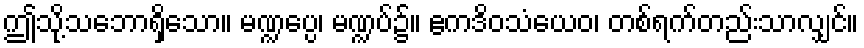
ဤသို့သဘောရှိသော။ မဏ္ဍပ္ပေ၊ မဏ္ဍပ်၌။ ဧကဒိဝသံယေဝ၊ တစ်ရက်တည်းသာလျှင်။